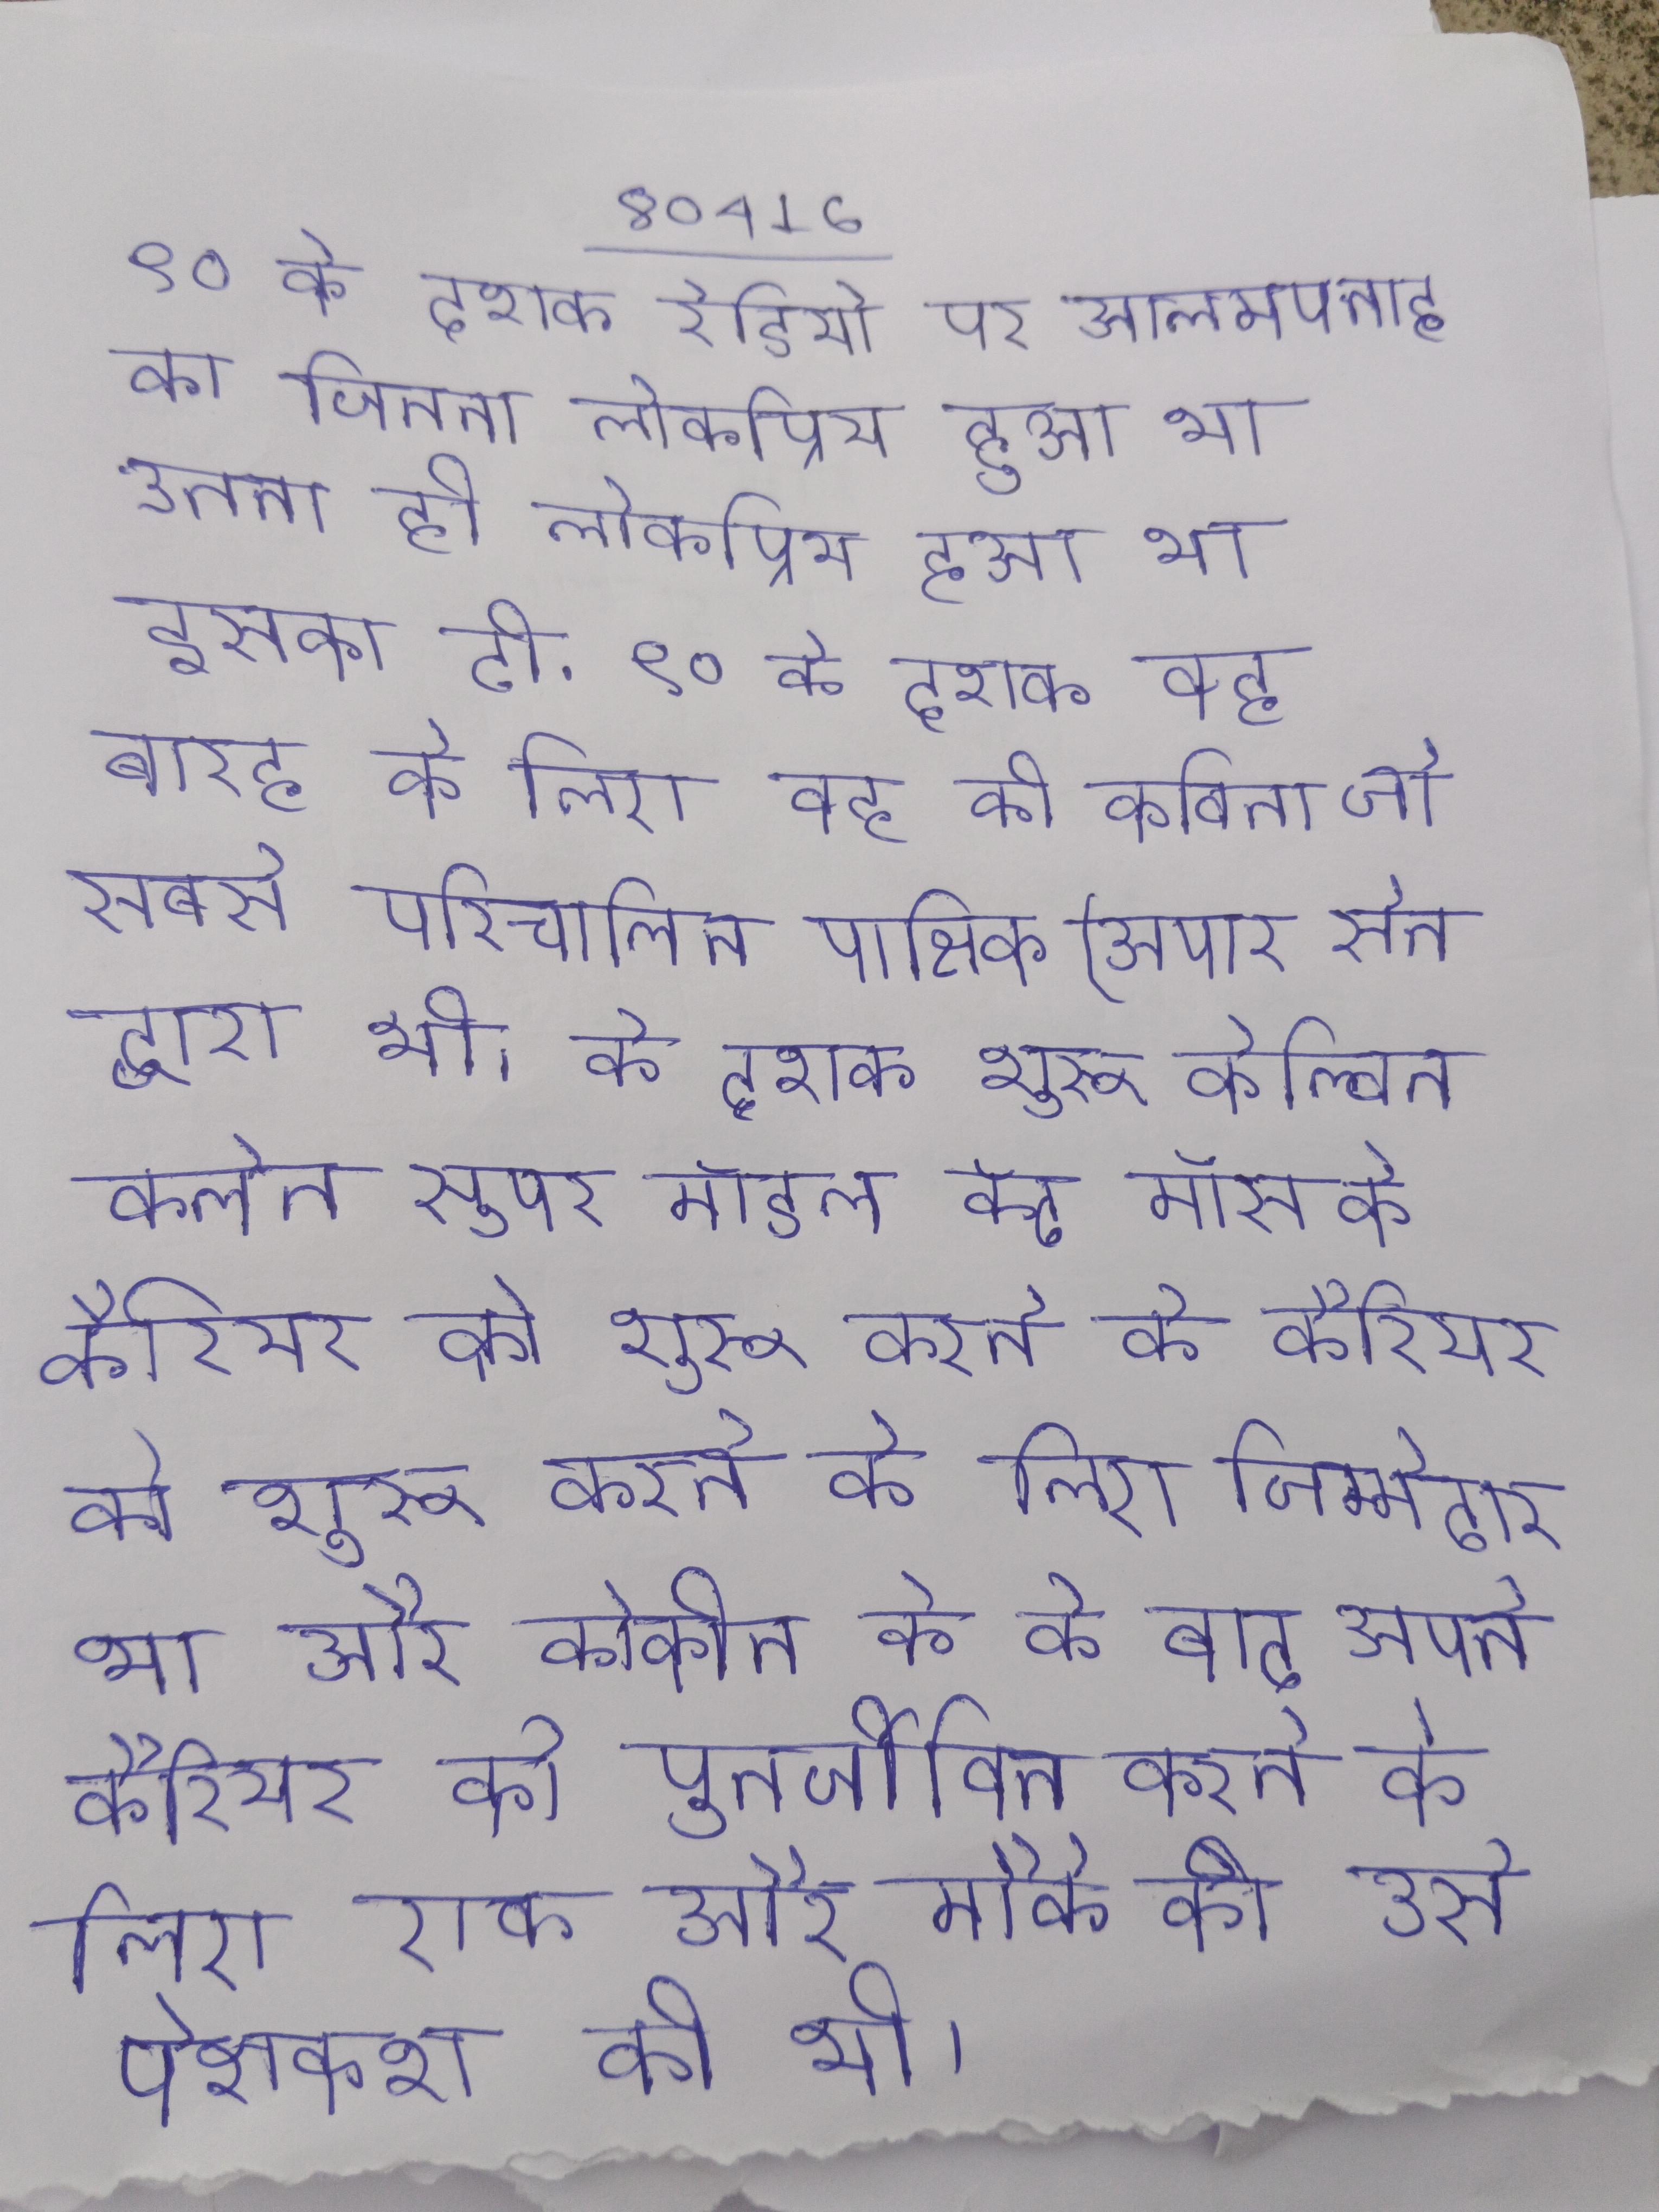
९० के दशक रेडियो पर आलमपनाह का जितना लोकप्रिय हुआ था उतना ही लोकप्रिय हुआ था इसका टी . ९० के दशक वह बारह के लिए वह की कविता जो सबसे परिचालित पाक्षिक (अपार सेन द्वारा थी । के दशक शुरू केल्विन क्लेन सुपर मॉडल केट मॉस के कैरियर को शुरू करने के लिए जिम्मेदार था और कोकीन के के बाद अपने कैरियर को पुनर्जीवित करने के लिए एक और मौके की उसे पेशकश की थी ।